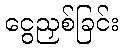
ငွေညှစ်ခြင်း